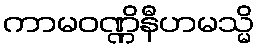
ကာမဝဏ္ဏိနီဟမသ္မိ